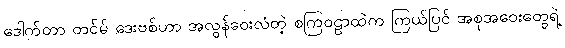
ဒေါက်တာ တင်မ် ဒေးဗစ်ဟာ အလွန်ဝေးလံတဲ့ စကြဝဠာထဲက ကြယ်ပြင် အစုအဝေးတွေရဲ့